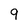
Character: 9